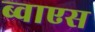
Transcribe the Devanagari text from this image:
ब्वाएस